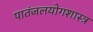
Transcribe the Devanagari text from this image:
पातंजलयोगशास्त्र